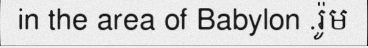
in the area of Babylon .រ៉ូម